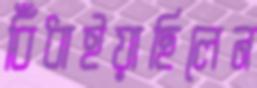
বিঁধাইয়াছিলেন